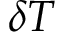
\delta T